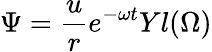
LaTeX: \Psi=\frac{u}{r}e^{-\omega t}Y{l}(\Omega)